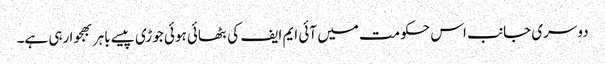
دوسری جانب اس حکومت میں آئی ایم ایف کی بٹھائی ہوئی جوڑی پیسے باہر بھجوا رہی ہے۔